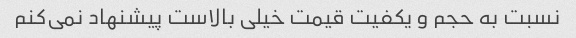
نسبت به حجم و یکفیت قیمت خیلی بالاست پیشنهاد نمی‌کنم